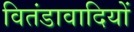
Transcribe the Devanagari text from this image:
वितंडावादियों